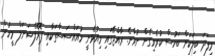
މިފަދަ ބިލަކަށް ބަހުސް ކުރެވިގެން ނުވާނެ. ރާއްޖޭގައި މިއުޅެނީ މުއައްސަސާތަކާއި ޕޮރޮފެޝަނަލް މީހުން